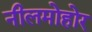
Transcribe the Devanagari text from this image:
नीलमोहोर